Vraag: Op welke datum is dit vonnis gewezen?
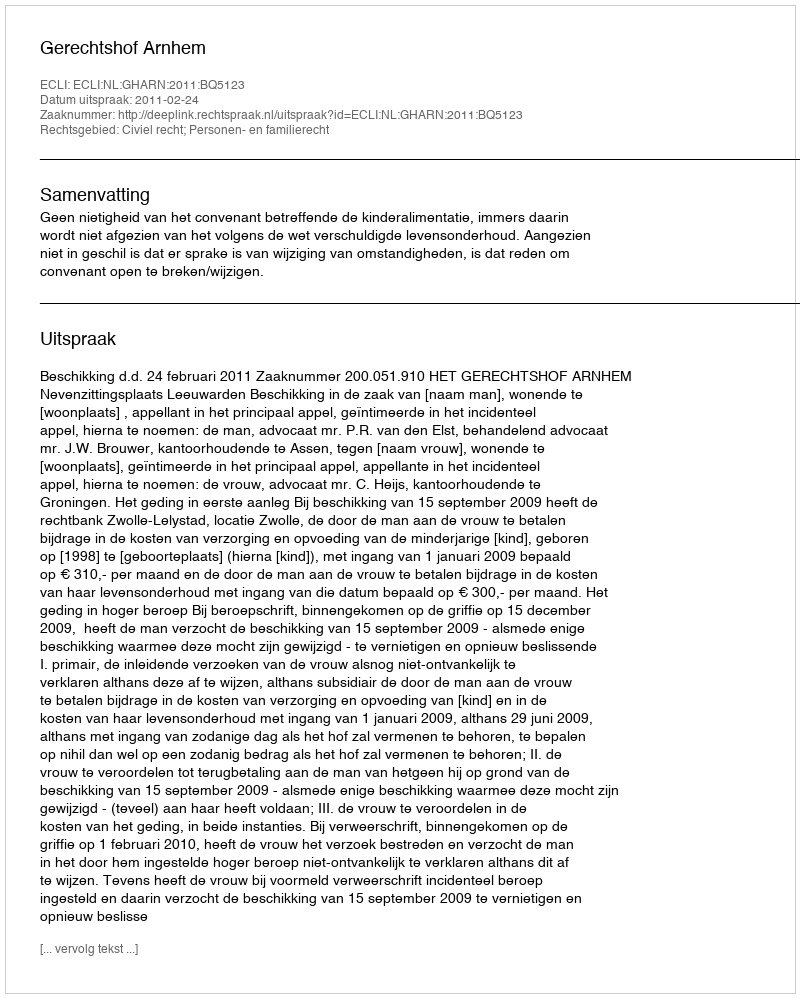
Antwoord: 2011-02-24